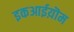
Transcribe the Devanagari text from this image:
इकआईय़ॊम